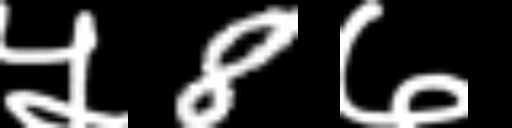
Text: ५8७